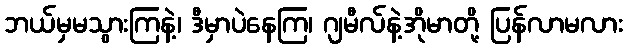
ဘယ်မှမသွားကြနဲ့၊ ဒီမှာပဲနေကြ၊ ဂျမီလ်နဲ့အိုမာတို့ ပြန်လာမလား